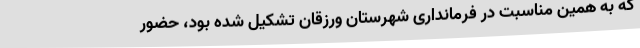
که به همین مناسبت در فرمانداری شهرستان ورزقان تشکیل شده بود، حضور